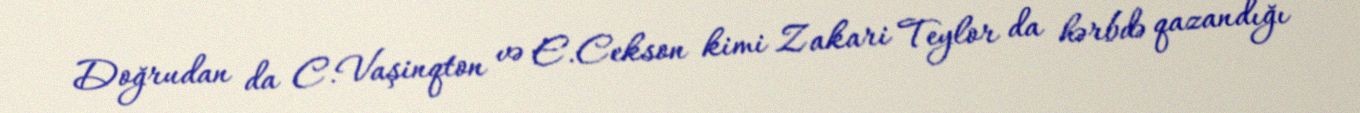
Doğrudan da C.Vaşinqton və E.Cekson kimi Zakari Teylor da hərbdə qazandığı